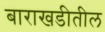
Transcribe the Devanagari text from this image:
बाराखडीतील